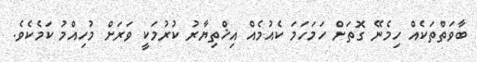
ބާވަތްތަކެއް ހިމެނޭ ގޮތަށް ހަމަހަމަ ކެއުމެއް އިޚްތިޔާރު ކުރުމަކީ ވަރަށް މުހިއްމު ކަމެކެވެ.